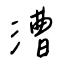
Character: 漕